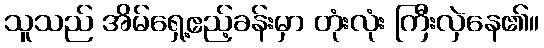
သူသည် အိမ်ရှေ့ဧည့်ခန်းမှာ တုံးလုံး ကြီးလှဲနေ၏။